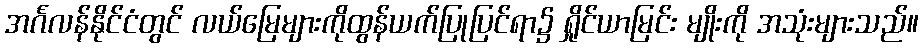
အင်္ဂလန်နိုင်ငံတွင် လယ်မြေများကိုထွန်ယက်ပြုပြင်ရာ၌ ရှိုင်ယာမြင်း မျိုးကို အသုံးများသည်။